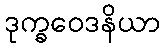
ဒုက္ခဝေဒနိယာ